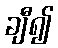
ချီ၍